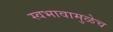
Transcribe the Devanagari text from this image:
स्वभावामुळेच